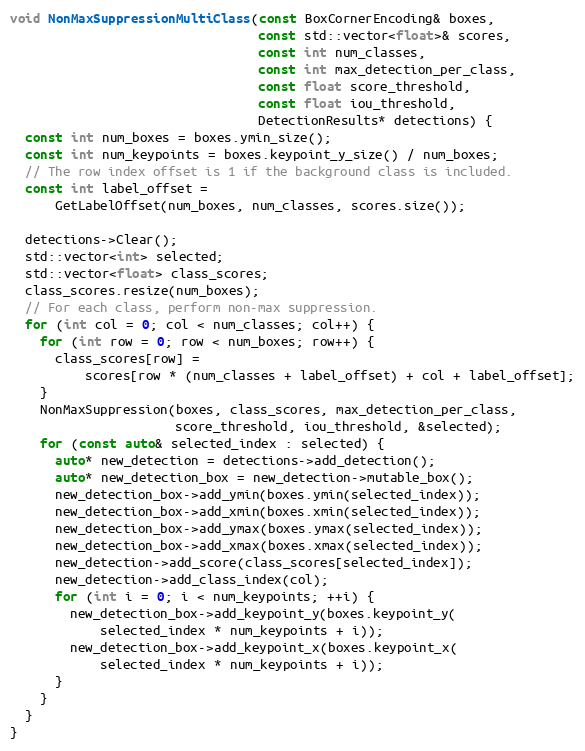
Language: C++
void NonMaxSuppressionMultiClass(const BoxCornerEncoding& boxes,
                                 const std::vector<float>& scores,
                                 const int num_classes,
                                 const int max_detection_per_class,
                                 const float score_threshold,
                                 const float iou_threshold,
                                 DetectionResults* detections) {
  const int num_boxes = boxes.ymin_size();
  const int num_keypoints = boxes.keypoint_y_size() / num_boxes;
  // The row index offset is 1 if the background class is included.
  const int label_offset =
      GetLabelOffset(num_boxes, num_classes, scores.size());

  detections->Clear();
  std::vector<int> selected;
  std::vector<float> class_scores;
  class_scores.resize(num_boxes);
  // For each class, perform non-max suppression.
  for (int col = 0; col < num_classes; col++) {
    for (int row = 0; row < num_boxes; row++) {
      class_scores[row] =
          scores[row * (num_classes + label_offset) + col + label_offset];
    }
    NonMaxSuppression(boxes, class_scores, max_detection_per_class,
                      score_threshold, iou_threshold, &selected);
    for (const auto& selected_index : selected) {
      auto* new_detection = detections->add_detection();
      auto* new_detection_box = new_detection->mutable_box();
      new_detection_box->add_ymin(boxes.ymin(selected_index));
      new_detection_box->add_xmin(boxes.xmin(selected_index));
      new_detection_box->add_ymax(boxes.ymax(selected_index));
      new_detection_box->add_xmax(boxes.xmax(selected_index));
      new_detection->add_score(class_scores[selected_index]);
      new_detection->add_class_index(col);
      for (int i = 0; i < num_keypoints; ++i) {
        new_detection_box->add_keypoint_y(boxes.keypoint_y(
            selected_index * num_keypoints + i));
        new_detection_box->add_keypoint_x(boxes.keypoint_x(
            selected_index * num_keypoints + i));
      }
    }
  }
}